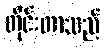
တိုင်းတာသည်